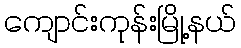
ကျောင်းကုန်းမြို့နယ်